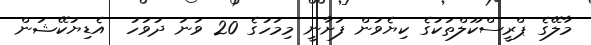
މާލޭގެ ޕްރީސްކޫލްތަކުގެ ކިޔެވުން ފަށާނީ މިމަހުގެ 20 ވަނަ ދުވަހު  އެޑިޔުކޭޝަން